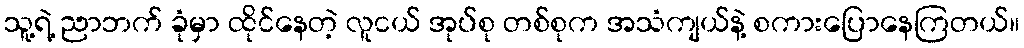
သူ့ရဲ့ ညာဘက် ခုံမှာ ထိုင်နေတဲ့ လူငယ် အုပ်စု တစ်စုက အသံကျယ်နဲ့ စကားပြောနေကြတယ်။